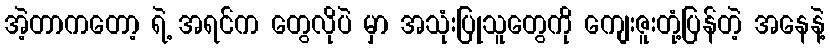
အဲ့တာကတော့ ရဲ့ အရင်က တွေလိုပဲ မှာ အသုံးပြုသူတွေကို ကျေးဇူးတုံ့ပြန်တဲ့ အနေနဲ့